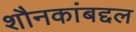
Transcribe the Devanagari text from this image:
शौनकांबद्दल